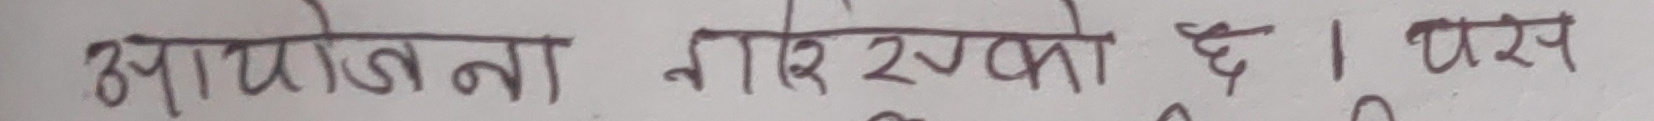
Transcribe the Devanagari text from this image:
आयोजना गरि सक्यो है । परस